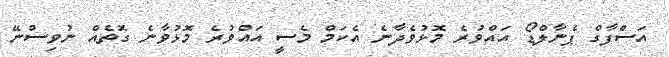
އަސްފާގް ޕެނާލްޑޯ އައްވުރެ މޮޅުވެދާނެ އެކަމް މެސީ އައްވުރެ މޮޅުވާނެ ގޮތެއްް ނުވިސްނޭ